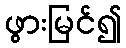
ဖွားမြင်၍